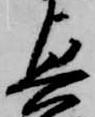
興